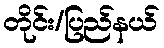
တိုင်း/ပြည်နယ်